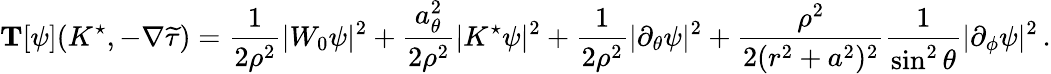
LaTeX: \mathbf{T}[\psi](K^{\star},-\nabla{\widetilde{\tau}})=\frac{1}{2\rho^{2}}|W_{0}\psi|^{2}+\frac{a_{\theta}^{2}}{2\rho^{2}}|K^{\star}\psi|^{2}+\frac{1}{2\rho^{2}}|\partial_{\theta}\psi|^{2}+\frac{\rho^{2}}{2(r^{2}+a^{2})^{2}}\frac{1}{\sin^{2}\theta}|\partial_{\phi}\psi|^{2}\, .